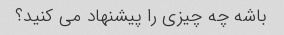
باشه چه چیزی را پیشنهاد می کنید؟